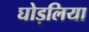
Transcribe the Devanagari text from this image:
घोड़लिया